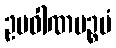
ဥပဝါဏပဉ္စမံ